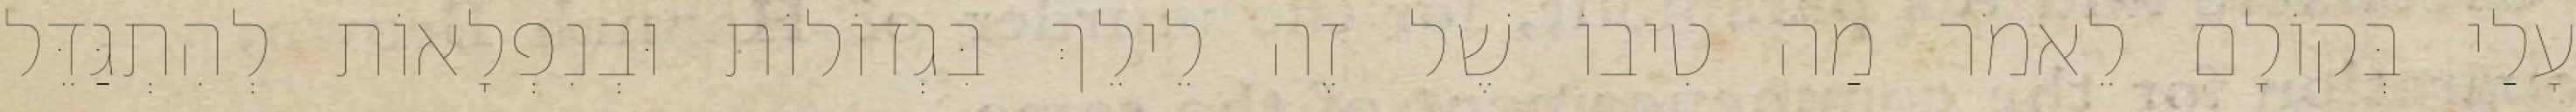
עָלַי בְּקוֹלָם לֵאמֹר מַה טִיבוֹ שֶׁל זֶה לֵילֵךְ בִּגְדוֹלוֹת וּבְנִפְלָאוֹת לְהִתְגַּדֵּל